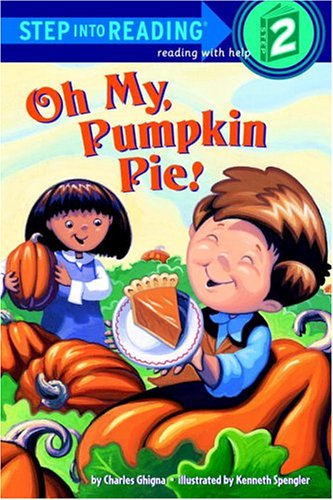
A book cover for Oh My, Pumpkin Pie! (Step into Reading, Step 2); Charles Ghigna; Children's Books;